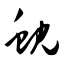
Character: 蚬